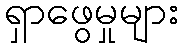
ရှာဖွေမှုများ